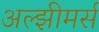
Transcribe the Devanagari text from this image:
अल्झीमर्स